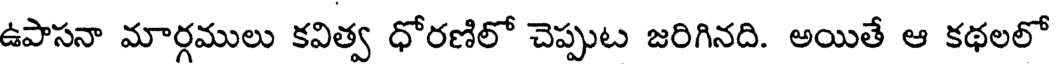
ఉపాసనా మార్గములు కవిత్వ ధోరణిలో చెప్పుట జరిగినది. అయితే ఆ కథలలో